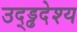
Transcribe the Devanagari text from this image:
उद्ड्ढदेश्य